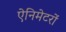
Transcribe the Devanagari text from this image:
ऐनिमेटरों